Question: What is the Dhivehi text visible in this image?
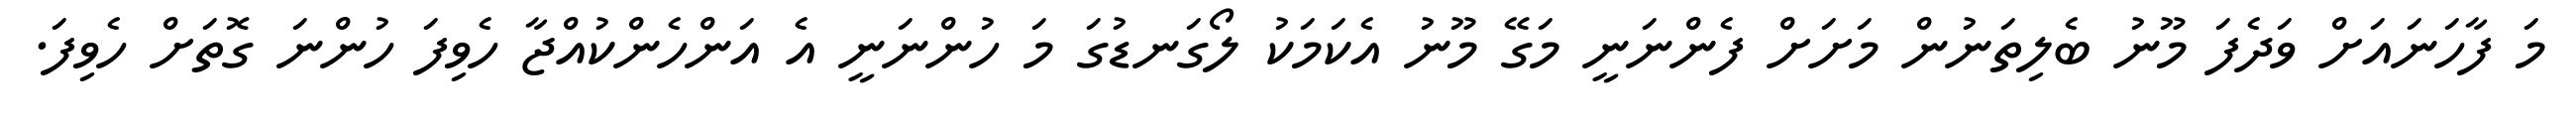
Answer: މަ ފާހަނައަށް ވަދެފަ މޫނު ބެލިތަނުން މަށަށް ފެންނަނީ މަގޭ މޫނު އެކަމަކު ލޯގަނޑުގަ މަ ހުންނަނީ އެ އަންހެންކުއްޖާ ހެވިފަ ހުންނަ ގޮތަށް ހެވިފަ.